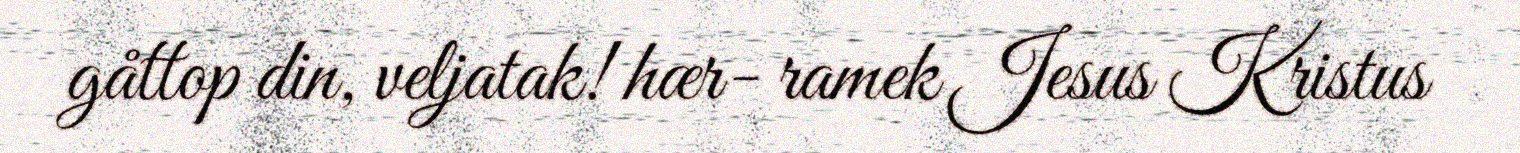
gåttop din, veljatak! hær- ramek Jesus Kristus